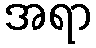
အရာ